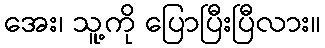
အေး၊ သူ့ကို ပြောပြီးပြီလား။